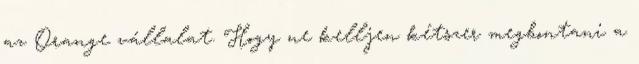
az Orange vállalat. Hogy ne kelljen kétszer megbontani a